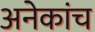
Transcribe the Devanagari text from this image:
अनेकांच